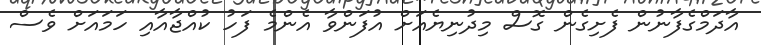
އާދަމްގެފާނުން ފެށިގެން ގޮސް މިދުނިޔެއަށް އުފަންވާ އެންމެ ފަހު ކުއްޖާއާއި ހަމައަށް ވެސް